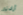
أرادته